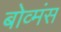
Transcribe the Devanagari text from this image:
बोव्मंस